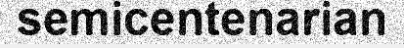
semicentenarian